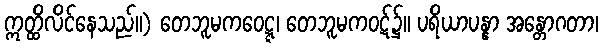
ဣတ္ထိလိင်နေသည်။) တေဘူမကဝေဋ္ဋ၊ တေဘူမကဝဋ်၌။ ပရိယာပန္နာ အန္တောဂတာ၊